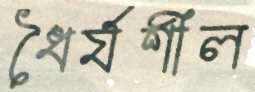
ধৈর্যশীল